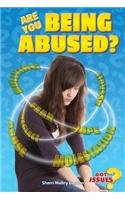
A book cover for Are You Being Abused? (Got Issues?); Sherri Mabry Gordon; Teen & Young Adult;